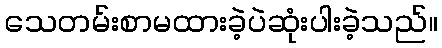
သေတမ်းစာမထားခဲ့ပဲဆုံးပါးခဲ့သည်။